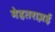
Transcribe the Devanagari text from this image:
मेहतराज़ई